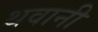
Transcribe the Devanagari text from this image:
थवानी